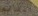
القائم